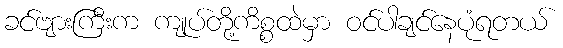
ခင်ဗျားကြီးက ကျုပ်တို့ကိစ္စထဲမှာ ဝင်ပါချင်နေပုံရတယ်